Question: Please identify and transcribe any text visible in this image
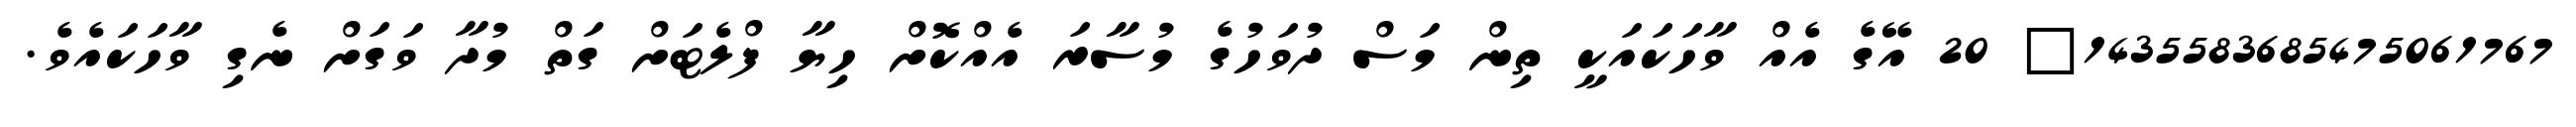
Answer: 1435583685475061767? 20 އޭގެ އެއް ވާހަކައަކީ ތިން މަސް ދުވަހުގެ މުސާރަ އެއްކޮށް ހިޔާ ފްލެޓަށް ގަތް މުދާ ވަގަށް ނެގި ވާހަކައެވެ.